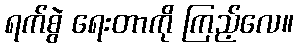
ရက်စွဲ ရေးတာကို ကြည့်လေ။